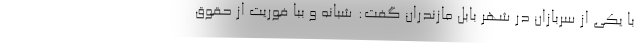
با یکی از سربازان در شهر بابل مازندران گفت: شبانه و ببا فوریت از حقوق